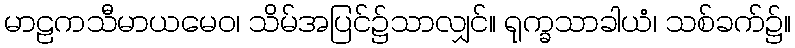
မာဠကသီမာယမေဝ၊ သိမ်အပြင်၌သာလျှင်။ ရုက္ခသာခါယံ၊ သစ်ခက်၌။